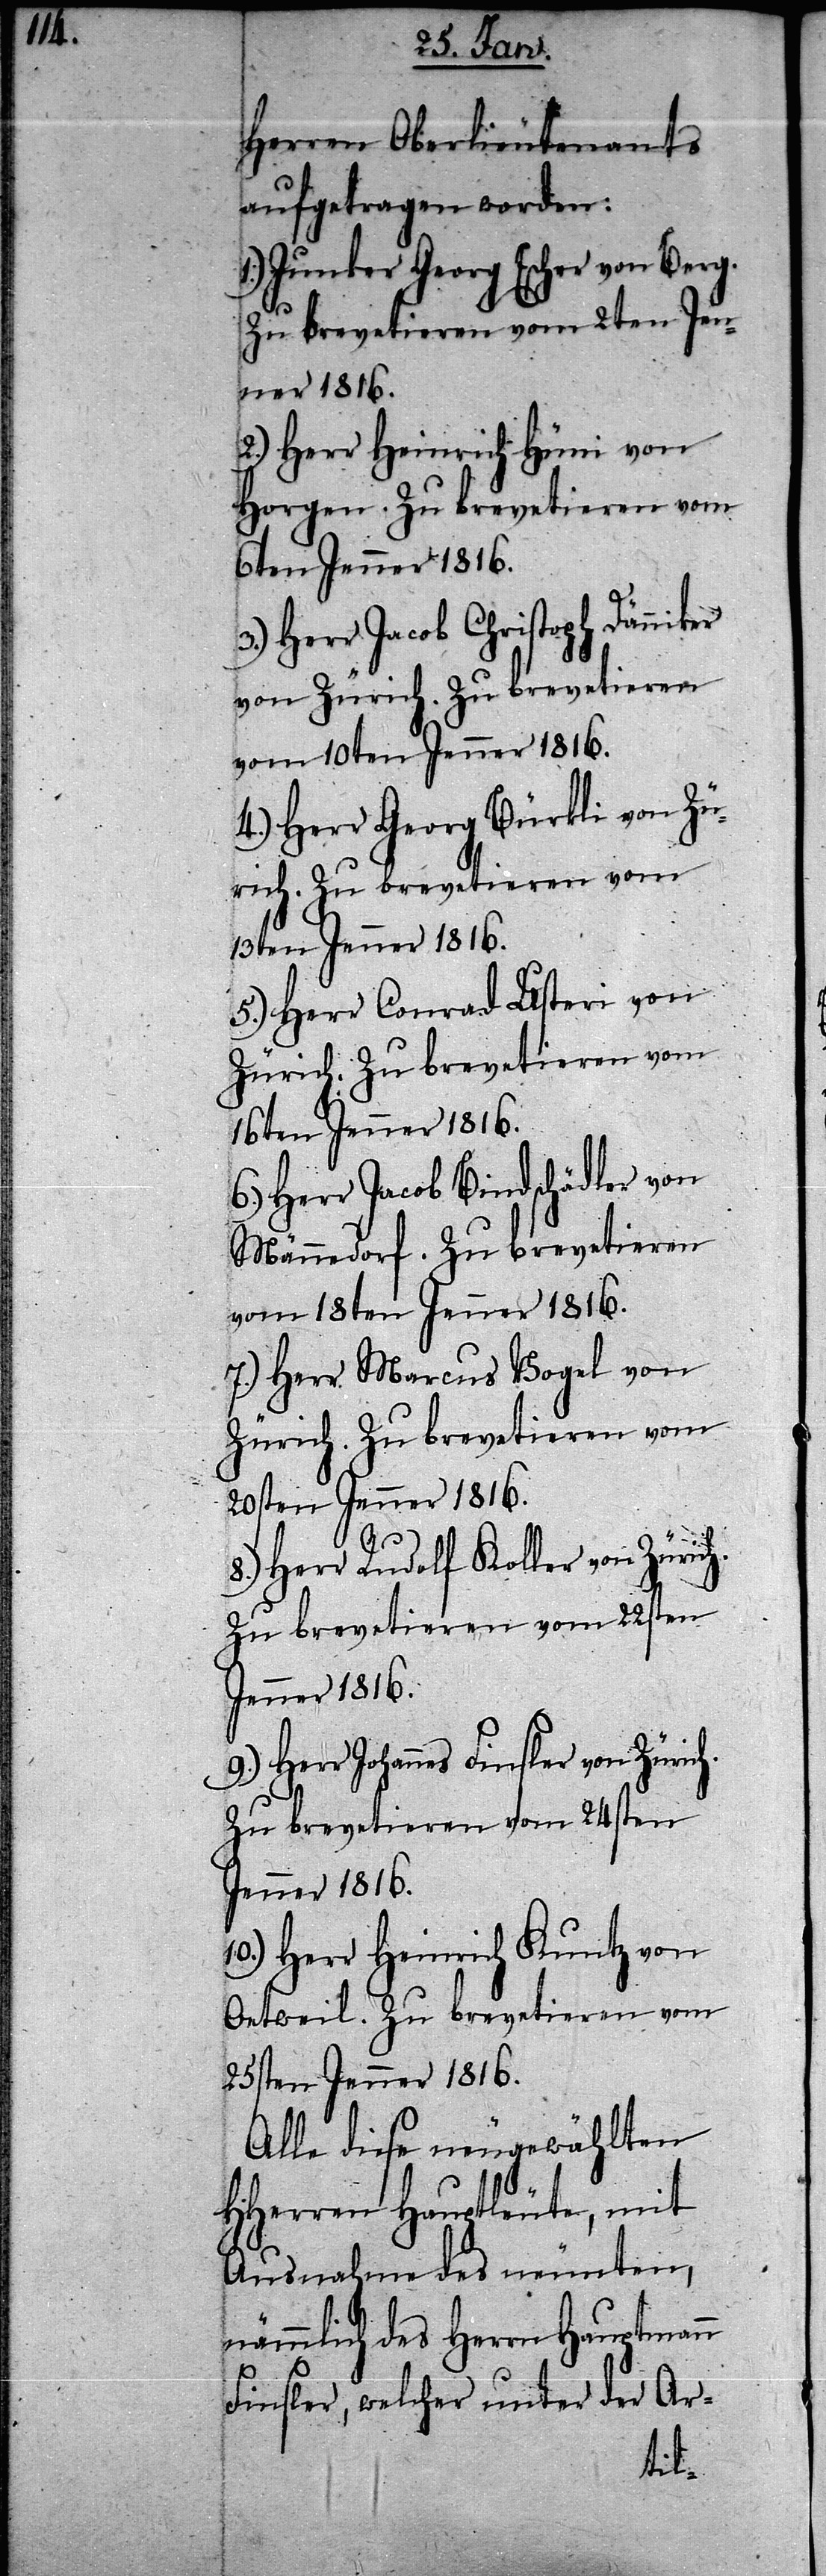
Herren Oberlieutenants
aufgetragen worden:
1.) Junker Georg Escher von Berg.
Zu brevetieren vom 2ten Jen¬
ner 1816.
2.) Herr Heinrich Hüni von
Horgen. Zu brevetieren vom
6ten Jenner 1816.
3.) Herr Jacob Christoph Dänniker
von Zürich. Zu brevetieren
vom 10ten Jenner 1816.
4.) Herr Georg Bürkli von Zü¬
rich. Zu brevetieren vom
13ten Jenner 1816.
5.) Herr Conrad Usteri von
Zürich. Zu brevetieren vom
16ten Jenner 1816.
6.) Herr Jacob Bindschädler von
Männedorf. Zu brevetieren
vom 18ten Jenner 1816.
7.) Herr Marcus Vogel von
Zürich. Zu brevetieren vom
20sten Jenner 1816.
Herr Rudolf Koller von
9.) Herr Johannes Finsler von Zürich.
Zu brevetieren vom 24sten
Jenner 1816.
10.) Herr Heinrich Kuntz von
Oetweil. Zu brevetieren vom
25sten Jenner 1816.
Alle diese neugewählten
HHerren Hauptleute, mit
Ausnahme des neunten,
nämmlich des Herrn Hauptmann
Finsler, welcher unter der Ar-